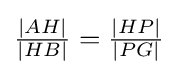
{\tfrac {|AH|}{|HB|}}={\tfrac {|HP|}{|PG|}}